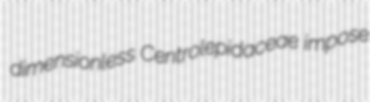
dimensionless Centrolepidaceae impose